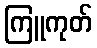
ကြူကုတ်